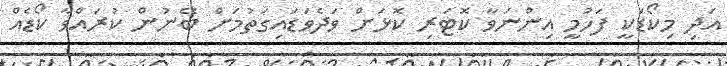
އަދި މިކޯޑަކީ ފަހުމީ އިންނަވާ ކޮޓަރި ކޮޅަށް ވަދެވަޑައިގަތުމަށް ބޭނުން ކުރައްވާ ކޯޑެއް